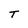
Character: T